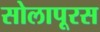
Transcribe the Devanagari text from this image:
सोलापूरस